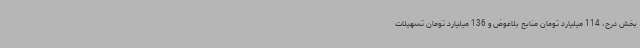
بخش درح، 114 میلیارد تومان منابع بلاعوض و 136 میلیارد تومان تسهیلات